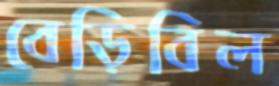
বেড়িবিল